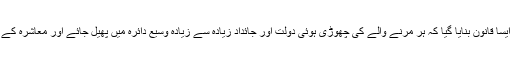
اسی نظامِ معیشت کے پیش نظر میراث کا ایسا قانون بنایا گیا کہ ہر مرنے والے کی چھوڑی ہوئی دولت اور جائداد زیادہ سے زیادہ وسیع دائرہ میں پھیل جائے اور معاشرہ کے زیادہ سے زیادہ افراد اس سے مستفید ہوں۔